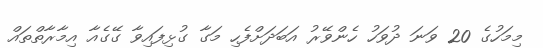
މިމަހުގެ 20 ވަނަ ދުވަހު ހެންވޭރު އަބަދަށްފެހި މަގާ ގުޅިފައިވާ ގޭގެއާ އިމާރާތްތައް